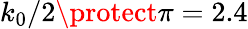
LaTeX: k_{0}/2\protect\pi=2.4